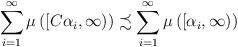
LaTeX: \begin{align*}\sum\limits _{i=1} ^{\infty}\mu \left( \left[C \alpha_i, \infty \right) \right)\precsim \sum\limits _{i=1} ^{\infty}\mu \left( \left[ \alpha_i, \infty \right) \right) \end{align*}